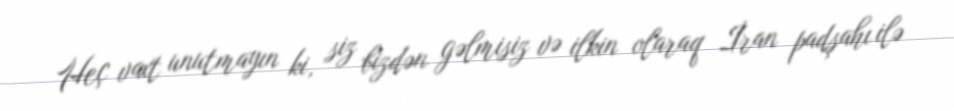
Heç vaxt unutmayın ki, siz bizdən gəlmisiz və ilkin olaraq İran padşahı ilə